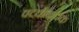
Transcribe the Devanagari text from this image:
पच्चीकारक